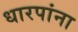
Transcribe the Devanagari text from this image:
धारपांना